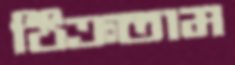
ঠিক্‌রতাম